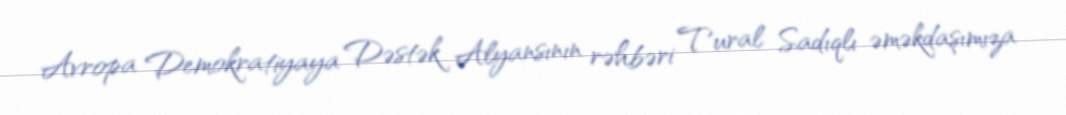
Avropa Demokratiyaya Dəstək Alyansının rəhbəri Tural Sadıqlı əməkdaşımıza